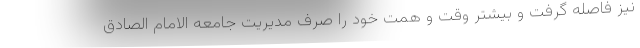
نیز فاصله گرفت و بیشتر وقت و همت خود را صرف مدیریت جامعه الامام الصادق